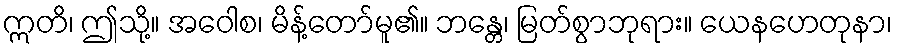
ဣတိ၊ ဤသို့။ အဝေါစ၊ မိန့်တော်မူ၏။ ဘန္တေ၊ မြတ်စွာဘုရား။ ယေနဟေတုနာ၊